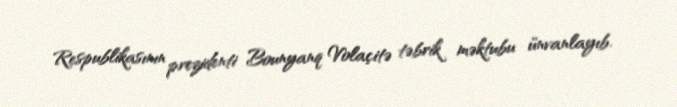
Respublikasının prezidenti Bounyanq Volaçitə təbrik məktubu ünvanlayıb.